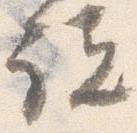
説